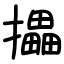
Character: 攂